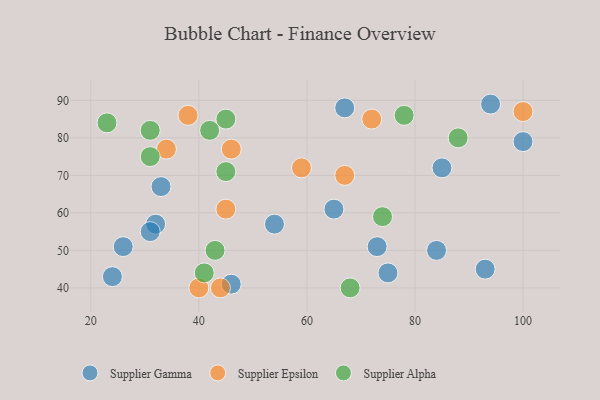
{"axis": {"x": "GDP", "y": "Life Expectancy"}, "legend": ["Supplier Alpha", "Supplier Epsilon", "Supplier Gamma"], "data": [{"x": "65", "y": 61, "type": "Supplier Gamma"}, {"x": "46", "y": 41, "type": "Supplier Gamma"}, {"x": "26", "y": 51, "type": "Supplier Gamma"}, {"x": "32", "y": 57, "type": "Supplier Gamma"}, {"x": "54", "y": 57, "type": "Supplier Gamma"}, {"x": "85", "y": 72, "type": "Supplier Gamma"}, {"x": "24", "y": 43, "type": "Supplier Gamma"}, {"x": "73", "y": 51, "type": "Supplier Gamma"}, {"x": "67", "y": 88, "type": "Supplier Gamma"}, {"x": "84", "y": 50, "type": "Supplier Gamma"}, {"x": "94", "y": 89, "type": "Supplier Gamma"}, {"x": "33", "y": 67, "type": "Supplier Gamma"}, {"x": "100", "y": 79, "type": "Supplier Gamma"}, {"x": "31", "y": 55, "type": "Supplier Gamma"}, {"x": "75", "y": 44, "type": "Supplier Gamma"}, {"x": "93", "y": 45, "type": "Supplier Gamma"}, {"x": "67", "y": 70, "type": "Supplier Epsilon"}, {"x": "38", "y": 86, "type": "Supplier Epsilon"}, {"x": "34", "y": 77, "type": "Supplier Epsilon"}, {"x": "100", "y": 87, "type": "Supplier Epsilon"}, {"x": "59", "y": 72, "type": "Supplier Epsilon"}, {"x": "46", "y": 77, "type": "Supplier Epsilon"}, {"x": "72", "y": 85, "type": "Supplier Epsilon"}, {"x": "44", "y": 40, "type": "Supplier Epsilon"}, {"x": "45", "y": 61, "type": "Supplier Epsilon"}, {"x": "40", "y": 40, "type": "Supplier Epsilon"}, {"x": "68", "y": 40, "type": "Supplier Alpha"}, {"x": "78", "y": 86, "type": "Supplier Alpha"}, {"x": "31", "y": 75, "type": "Supplier Alpha"}, {"x": "45", "y": 85, "type": "Supplier Alpha"}, {"x": "41", "y": 44, "type": "Supplier Alpha"}, {"x": "74", "y": 59, "type": "Supplier Alpha"}, {"x": "31", "y": 82, "type": "Supplier Alpha"}, {"x": "23", "y": 84, "type": "Supplier Alpha"}, {"x": "88", "y": 80, "type": "Supplier Alpha"}, {"x": "43", "y": 50, "type": "Supplier Alpha"}, {"x": "42", "y": 82, "type": "Supplier Alpha"}, {"x": "45", "y": 71, "type": "Supplier Alpha"}]}